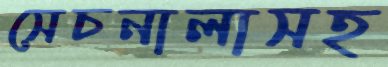
সেচনালাসহ